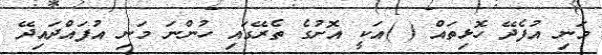
މަނި އުފެދޭ ހޮޅިތައް ( )އަކީ އޮށުގެ ތެރޭގައި ހުންނަ މަނި އުފައްދައިދޭ